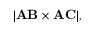
| \mathbf { A B } \times \mathbf { A C } | ,